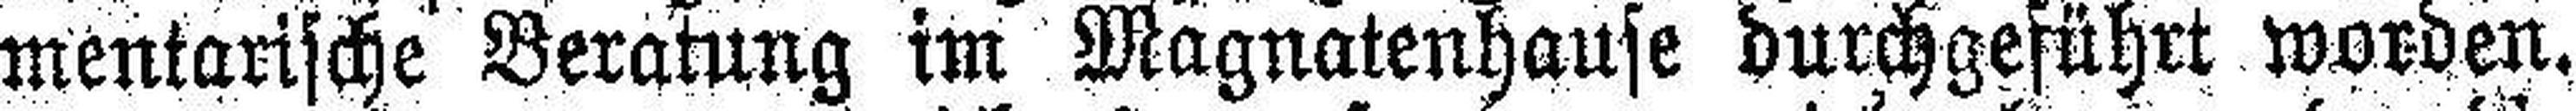
mentarische Beratung im Magnatenhause durchgeführt worden.